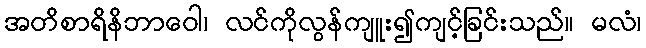
အတိစာရိနိဘာဝေါ၊ လင်ကိုလွန်ကျူး၍ကျင့်ခြင်းသည်။ မလံ၊